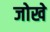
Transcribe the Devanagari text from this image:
जोखे